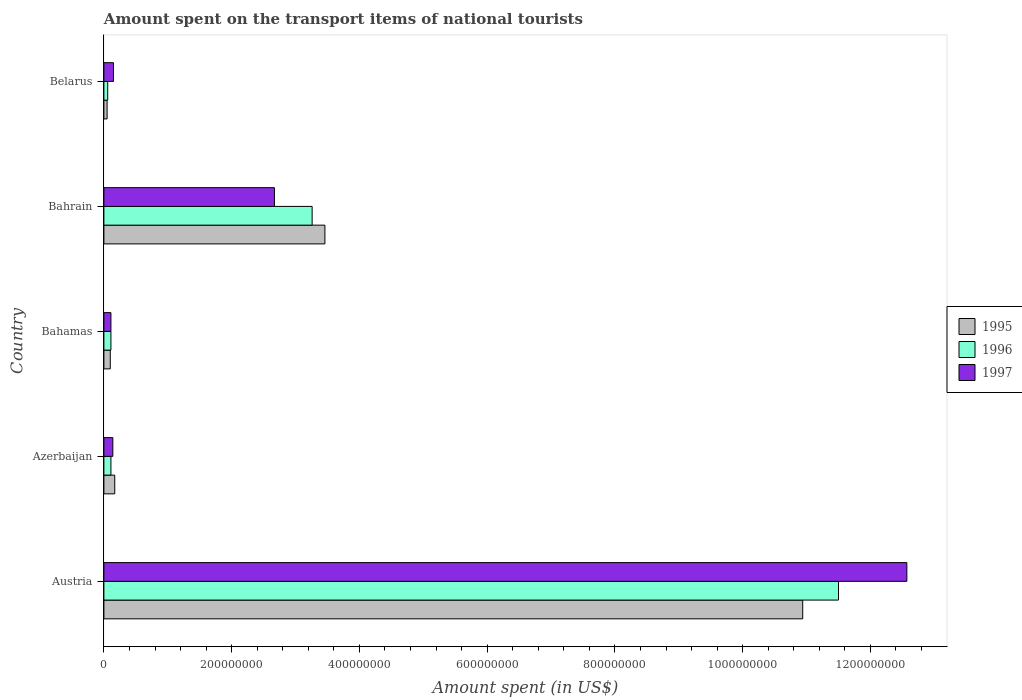
| Country | 1995 | 1996 | 1997 |
 | --- | --- | --- | --- |
 | Austria | 1.09e+09 | 1.15e+09 | 1.26e+09 |
 | Azerbaijan | 1.7e+07 | 1.1e+07 | 1.4e+07 |
 | Bahamas | 1e+07 | 1.1e+07 | 1.1e+07 |
 | Bahrain | 3.46e+08 | 3.26e+08 | 2.67e+08 |
 | Belarus | 5e+06 | 6e+06 | 1.5e+07 |